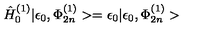
{ \hat { H } } _ { 0 } ^ { ( 1 ) } | \epsilon _ { 0 } , \Phi _ { 2 n } ^ { ( 1 ) } > = \epsilon _ { 0 } | \epsilon _ { 0 } , \Phi _ { 2 n } ^ { ( 1 ) } >